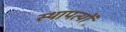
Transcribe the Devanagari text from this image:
स्थापत्यों